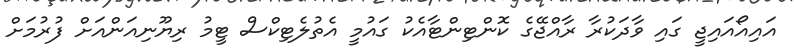
އައިއޯއައިޖީ ގައި ވާދަކުރާ ރާއްޖޭގެ ކޮންޓިންޓާއެކު ގައުމީ އެތުލެޓިކްސް ޓީމު ރިޔޫނިއަންއަށް ފުރުމަށް